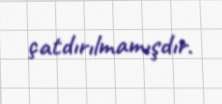
çatdırılmamışdır.